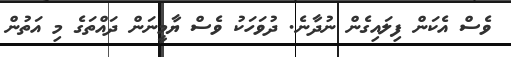
ވެސް އެކަން ފިލައިގެން ނުދާނެ. ދުވަހަކު ވެސް ޔާމީނަން ދައްތަގެ މި އަތުން